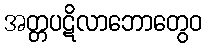
အတ္တပဋိလာဘောတွေဝ